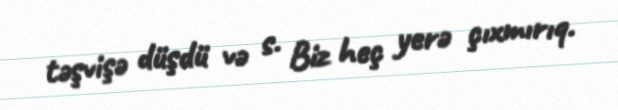
təşvişə düşdü və s. Biz heç yerə çıxmırıq.